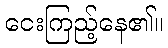
ငေးကြည့်နေ၏။